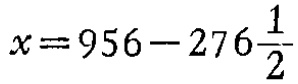
$x = 956 - 276\frac{1}{2}$